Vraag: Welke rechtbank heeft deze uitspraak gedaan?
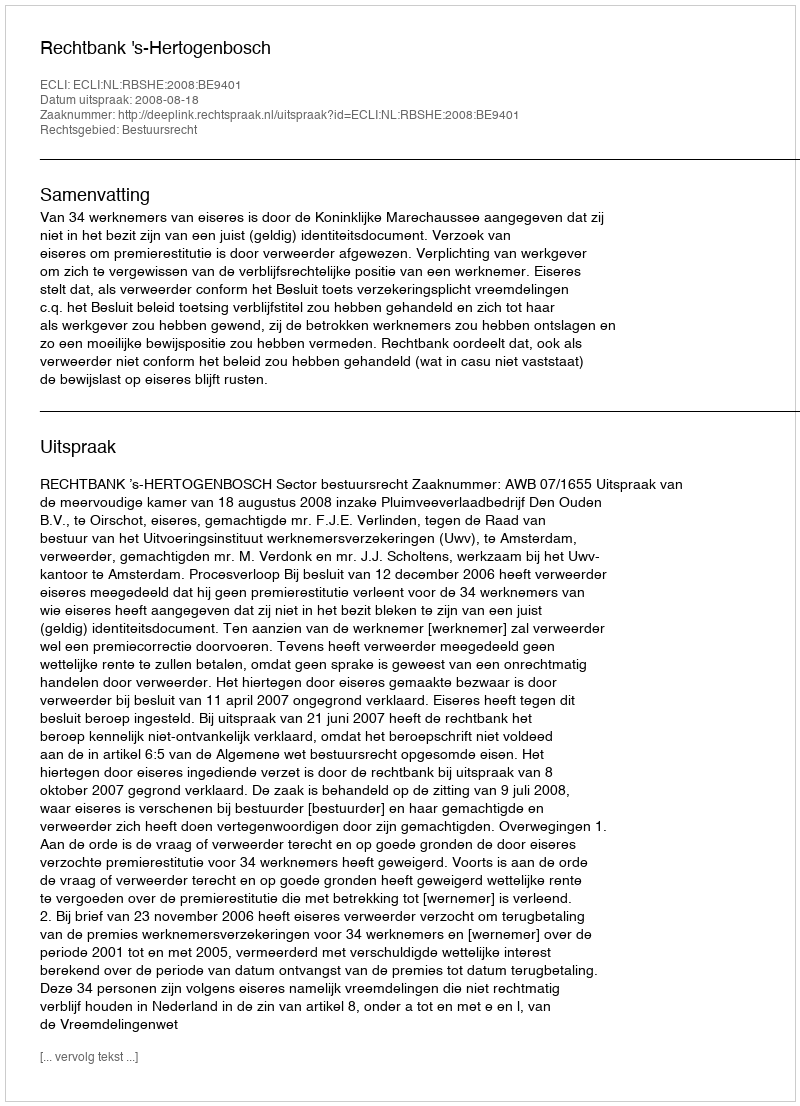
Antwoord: Rechtbank 's-Hertogenbosch